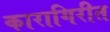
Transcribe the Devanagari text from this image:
कारागिरीत